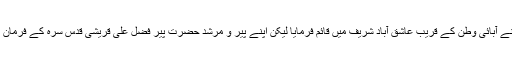
حضرت پیر مٹھا رحمۃ اللہ علیہ نے پہلا تبلیغی مرکز اپنے آبائی وطن کے قریب عاشق آباد شریف میں قائم فرمایا لیکن اپنے پیر و مرشد حضرت پیر فضل علی قریشی قدس سرہ کے فرمان کے مطابق زیادہ تر وقت سندھ میں تبلیغ کرتے گذارتے۔